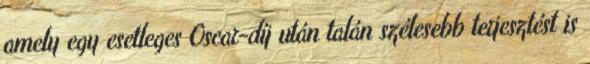
amely egy esetleges Oscar-díj után talán szélesebb terjesztést is